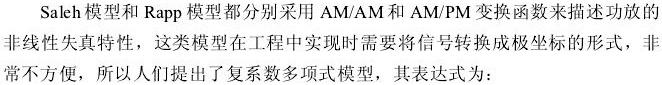
Saleh 模型和 Rapp 模型都分别采用 AM/AM 和 AM/PM 变换函数来描述功放的非线性失真特性，这类模型在工程中实现时需要将信号转换成极坐标的形式，非常不方便，所以人们提出了复系数多项式模型，其表达式为：